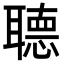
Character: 𦗟